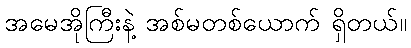
အမေအိုကြီးနဲ့ အစ်မတစ်ယောက် ရှိတယ်။